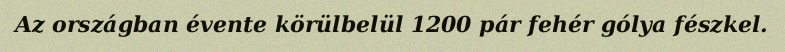
Az országban évente körülbelül 1200 pár fehér gólya fészkel.